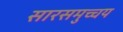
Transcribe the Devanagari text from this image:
सारसमुच्चय